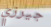
جيرزي